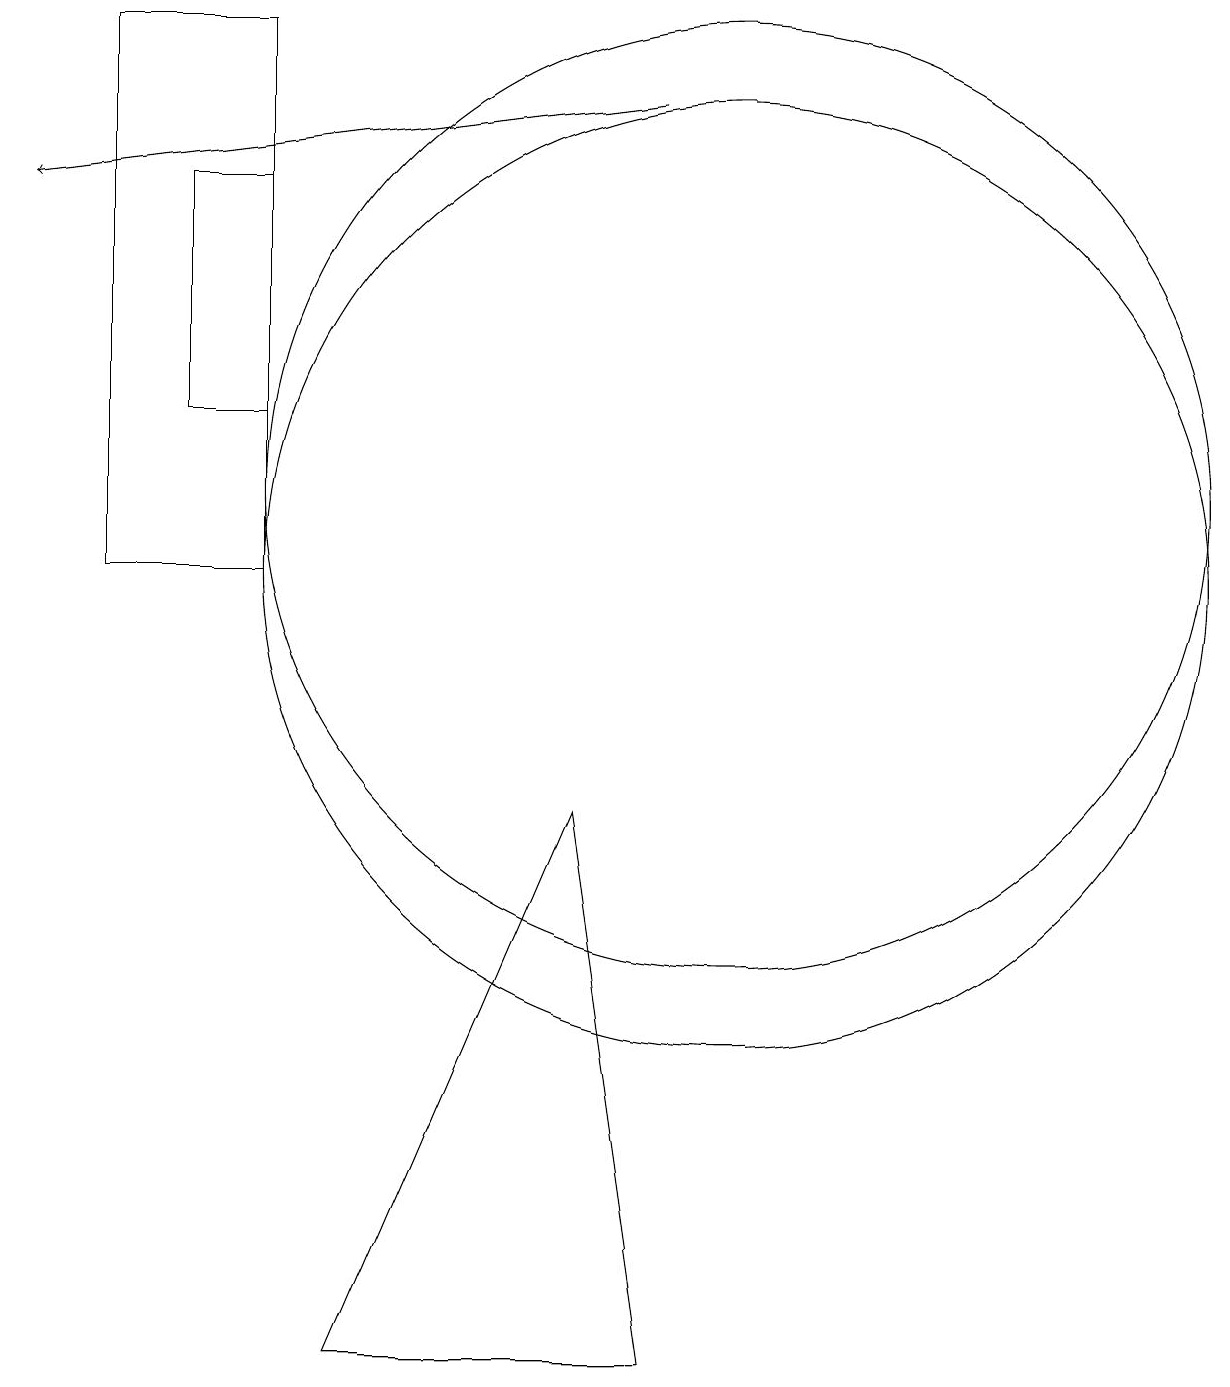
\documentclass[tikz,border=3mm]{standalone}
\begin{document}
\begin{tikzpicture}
\draw (8,8) -- (9,1) -- (5,1) -- cycle;
\draw (2,18) rectangle (4,11);
\draw (3,16) rectangle (4,13);
\draw (10,11) circle (6);
\draw (10,12) circle (6);
\draw[->] (9,17) -- (1,16);
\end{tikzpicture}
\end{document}